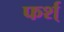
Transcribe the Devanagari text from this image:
फर्श्